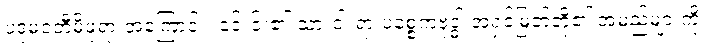
ပဒုမဝတီမိဖုရားအကြောင်း၊ ၎င်းင်း၏ သားငါးရာ ပစ္စေကဗုဒ္ဓါ အရှင်မြတ်တို့၏ အမည်များကို